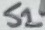
Text: S1